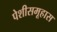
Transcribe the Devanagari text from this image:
पेशीसमूहास